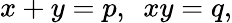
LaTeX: x+y=p,\ \ xy=q,